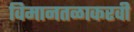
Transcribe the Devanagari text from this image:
विमानतळाकरवी